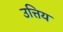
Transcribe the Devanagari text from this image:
उत्तिय